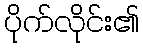
ပိုက်လိုင်း၏